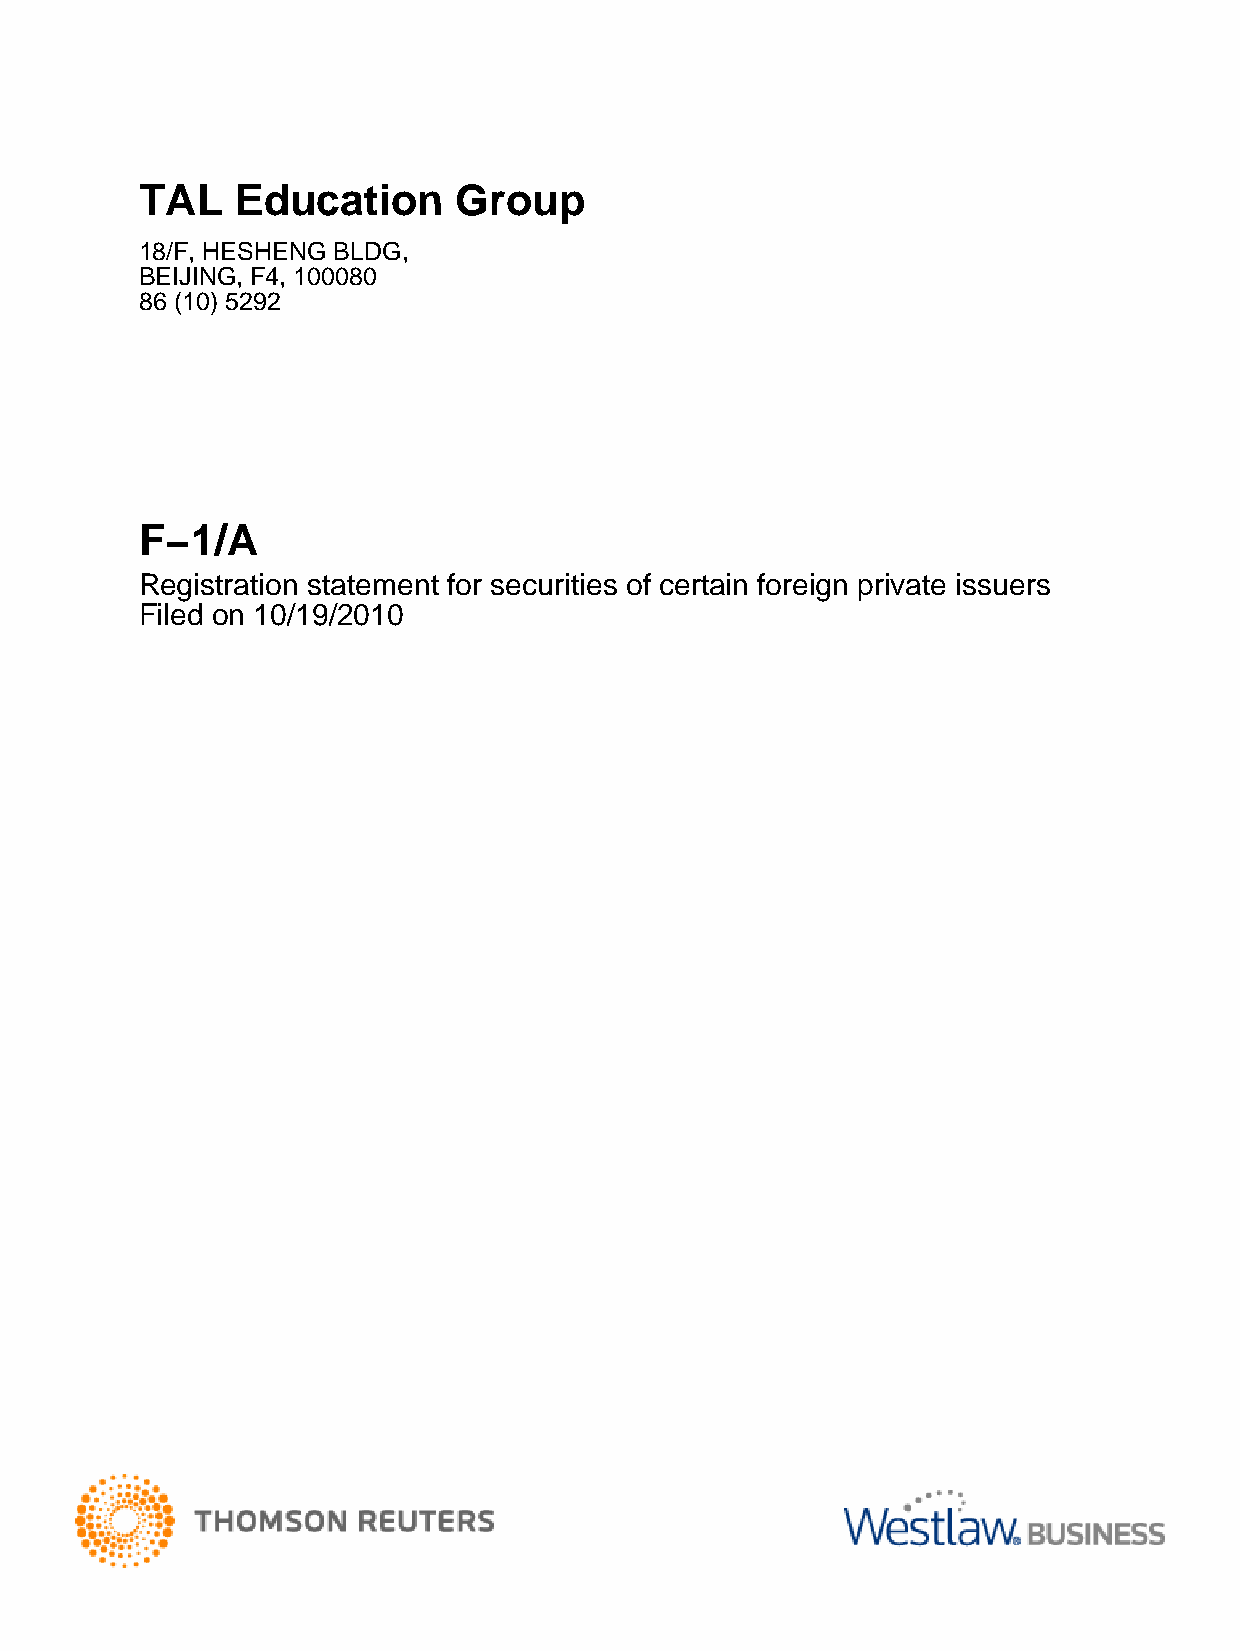
TAL    Education     Group
 18/F, HESHENG BLDG,
 BEIJING, F4, 100080
 86 (10) 5292
 F−1/A
 Registration statement for securities of certain foreign private issuers
 Filed on 10/19/2010